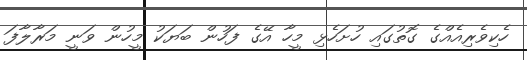
ހެކިވެރިއެއްގެ ގޮތުގައި ހުށަހެޅި މީހާ އޭގެ ފަހުން ބަޔަކު މީހުން ވަނީ މަރާލާފަ